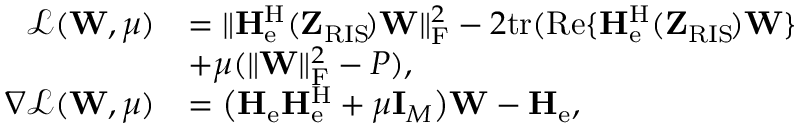
\begin{array} { r l } { \mathcal { L } ( \mathbf { W } , \mu ) } & { = \| \mathbf { H } _ { \mathrm { e } } ^ { \mathrm { H } } ( \mathbf { Z } _ { \mathrm { R I S } } \! ) \mathbf { W } \| _ { \mathrm { F } } ^ { 2 } - 2 \mathrm { t r } ( \mathrm { R e } \{ \mathbf { H } _ { \mathrm { e } } ^ { \mathrm { H } } ( \mathbf { Z } _ { \mathrm { R I S } } \! ) \mathbf { W } \} } \\ & { + \mu ( \| \mathbf { W } \| _ { \mathrm { F } } ^ { 2 } - P ) , } \\ { \nabla \mathcal { L } ( \mathbf { W } , \mu ) } & { = \big ( \mathbf { H } _ { \mathrm { e } } \mathbf { H } _ { \mathrm { e } } ^ { \mathrm { H } } + \mu \mathbf { I } _ { M } \big ) \mathbf { W } - \mathbf { H } _ { \mathrm { e } } , } \end{array}